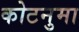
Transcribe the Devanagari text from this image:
कोटनुमा